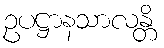
ဥပဋ္ဌာနသာလန္တိ